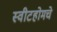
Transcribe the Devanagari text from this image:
स्वीटहोमचे